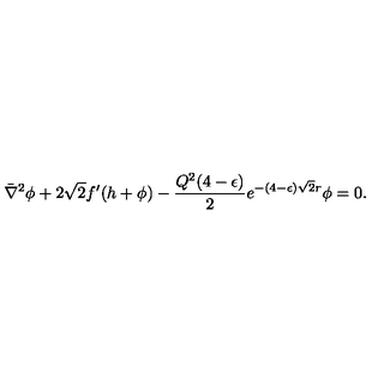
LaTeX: \bar { \nabla } ^ { 2 } \phi + 2 \sqrt 2 f ^ { \prime } ( h + \phi ) - { \frac { Q ^ { 2 } ( 4 - \epsilon ) } { 2 } } e ^ { - ( 4 - \epsilon ) \sqrt 2 r } \phi = 0 .